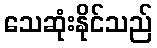
သေဆုံးနိုင်သည်